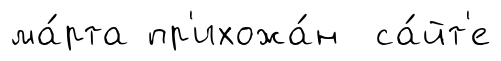
ма́рта пр'ихожа́н са́йт'е